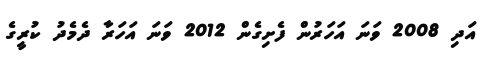
އަދި 2008 ވަނަ އަހަރުން ފެށިގެން 2012 ވަނަ އަހަރާ ދެމެެދު ކުރީގެ